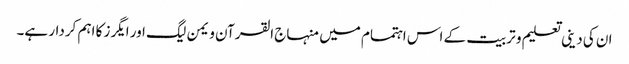
ان کی دینی تعلیم و تربیت کے اس اہتمام میں منہاج القرآن ویمن لیگ اور ایگرز کا اہم کردار ہے۔